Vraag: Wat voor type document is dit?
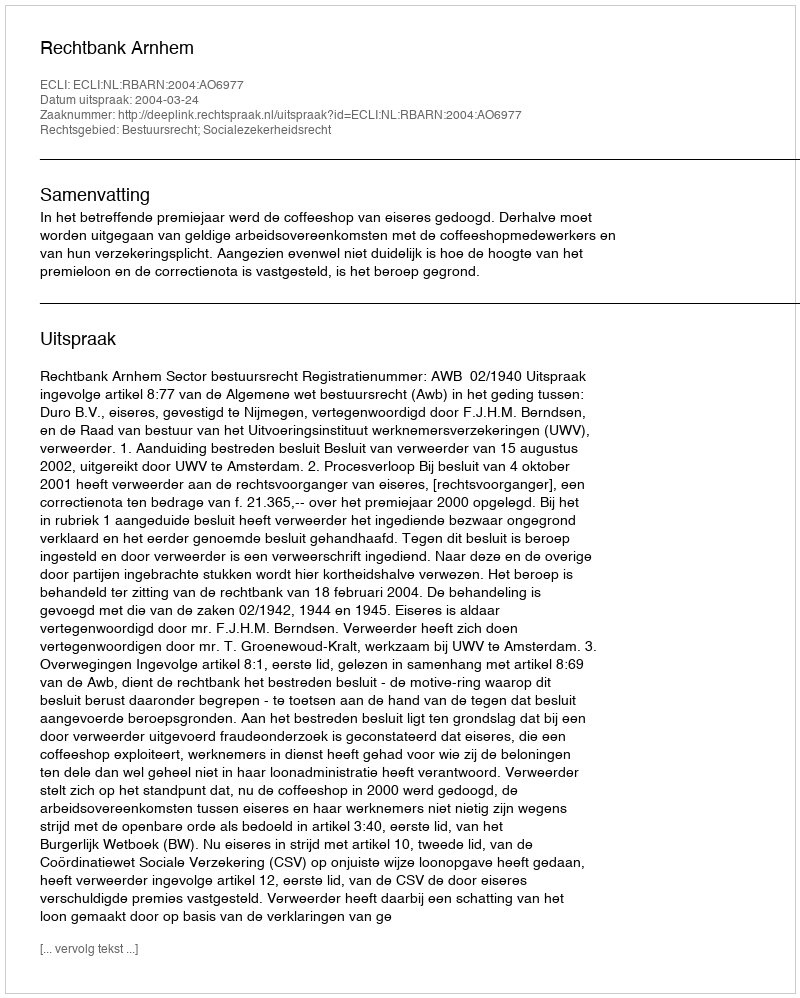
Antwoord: Uitspraak